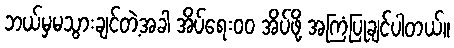
ဘယ်မှမသွားချင်တဲ့အခါ အိပ်ရေးဝဝ အိပ်ဖို့ အကြံပြုချင်ပါတယ်။